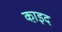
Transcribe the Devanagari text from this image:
का़इद